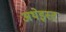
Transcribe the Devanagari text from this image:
अथेइस्ट